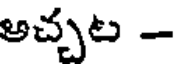
అచ్చట -